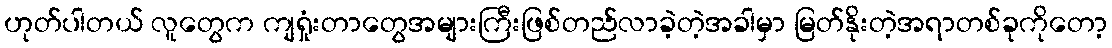
ဟုတ်ပါတယ် လူတွေက ကျရှုံးတာတွေအများကြီးဖြစ်တည်လာခဲ့တဲ့အခါမှာ မြတ်နိုးတဲ့အရာတစ်ခုကိုတော့